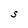
Character: S